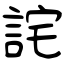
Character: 詫